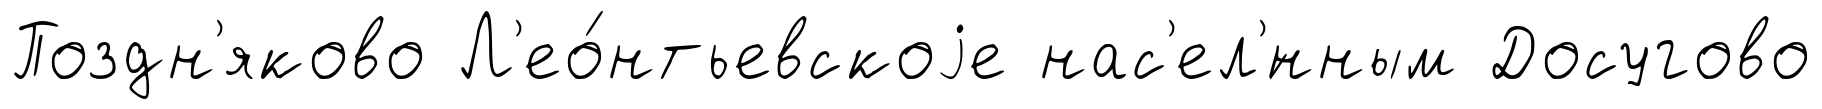
Поздн'яково Л'ео́нтьевскоjе нас'ел'́нным Досугово